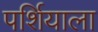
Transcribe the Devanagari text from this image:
पर्शियाला